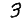
Digit: 3